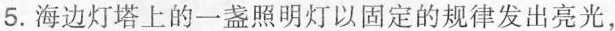
5.海边灯塔上的一盏照明灯以固定的规律发出亮光，